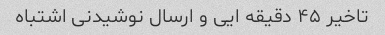
تاخیر ۴۵ دقیقه ایی و ارسال نوشیدنی اشتباه